King Institute of Preventive Medicine Bacteriolog. Section reports 1907-08
Year: 1907
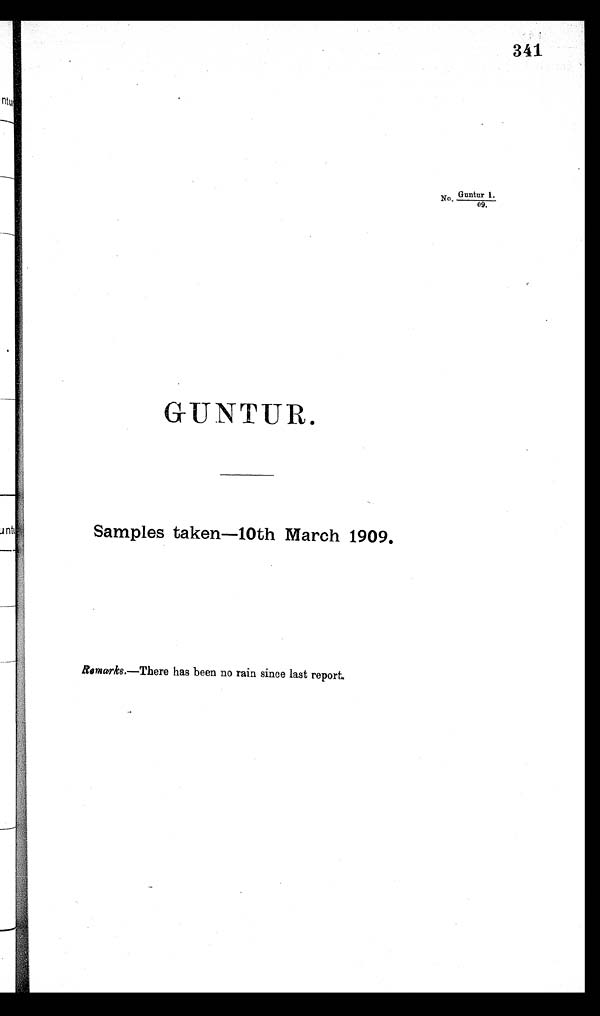
341
GUNTUR.
Samples taken loth March 1909.
Remarks.—There has been no rain since last report.